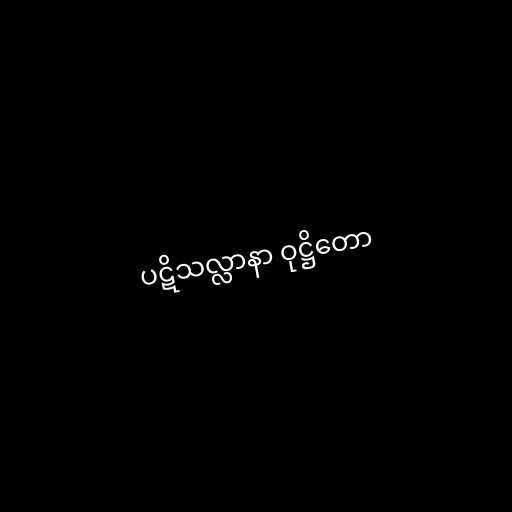
ပဋိသလ္လာနာ ဝုဋ္ဌိတော